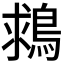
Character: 𪁖